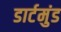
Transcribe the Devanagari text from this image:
डार्टमुंड